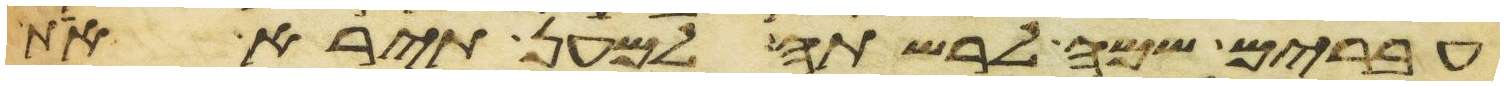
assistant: עברים שמה לרשתה למען תירא את